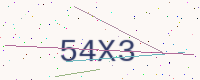
Text: 54X3